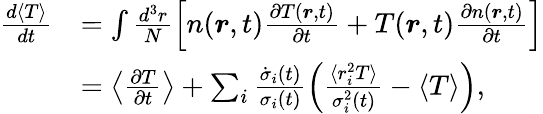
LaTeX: \begin{array}{rl}{\frac{d\langle T\rangle}{dt}}&{=\int\frac{d^{3}r}{N}\left[n(\boldsymbol{r},t)\frac{\partial T(\boldsymbol{r},t)}{\partial t}+T(\boldsymbol{r},t)\frac{\partial n(\boldsymbol{r},t)}{\partial t}\right]}\\ &{=\left\langle\frac{\partial T}{\partial t}\right\rangle+\sum_{i}\frac{\dot{\sigma}_{i}(t)}{\sigma_{i}(t)}\left(\frac{\langle r_{i}^{2}T\rangle}{\sigma_{i}^{2}(t)}-\langle T\rangle\right),}\end{array}